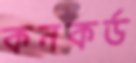
কনকর্ড